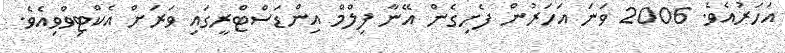
އަހަރުއެވެ. 2006 ވަނަ އަހަރުން ފެށިގެން އޭނާ ފިލްމް އިންޑަސްޓްރީގައި ވަރަށް އެކްޓިވްވިއެވެ.